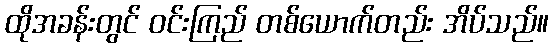
ထိုအခန်းတွင် ဝင်းကြည် တစ်ယောက်တည်း အိပ်သည်။